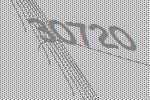
30720